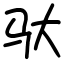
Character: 驮